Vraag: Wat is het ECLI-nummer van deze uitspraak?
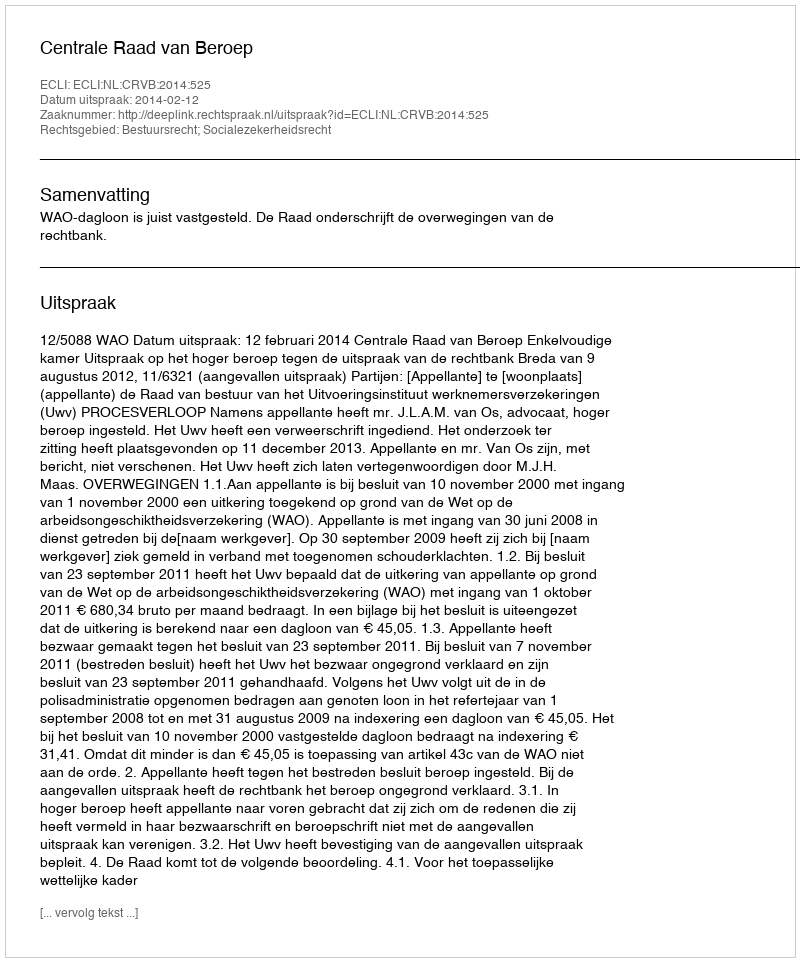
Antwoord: ECLI:NL:CRVB:2014:525